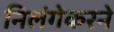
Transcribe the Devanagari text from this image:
निलंगेकरने